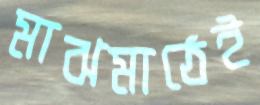
মাঝমাঠেই